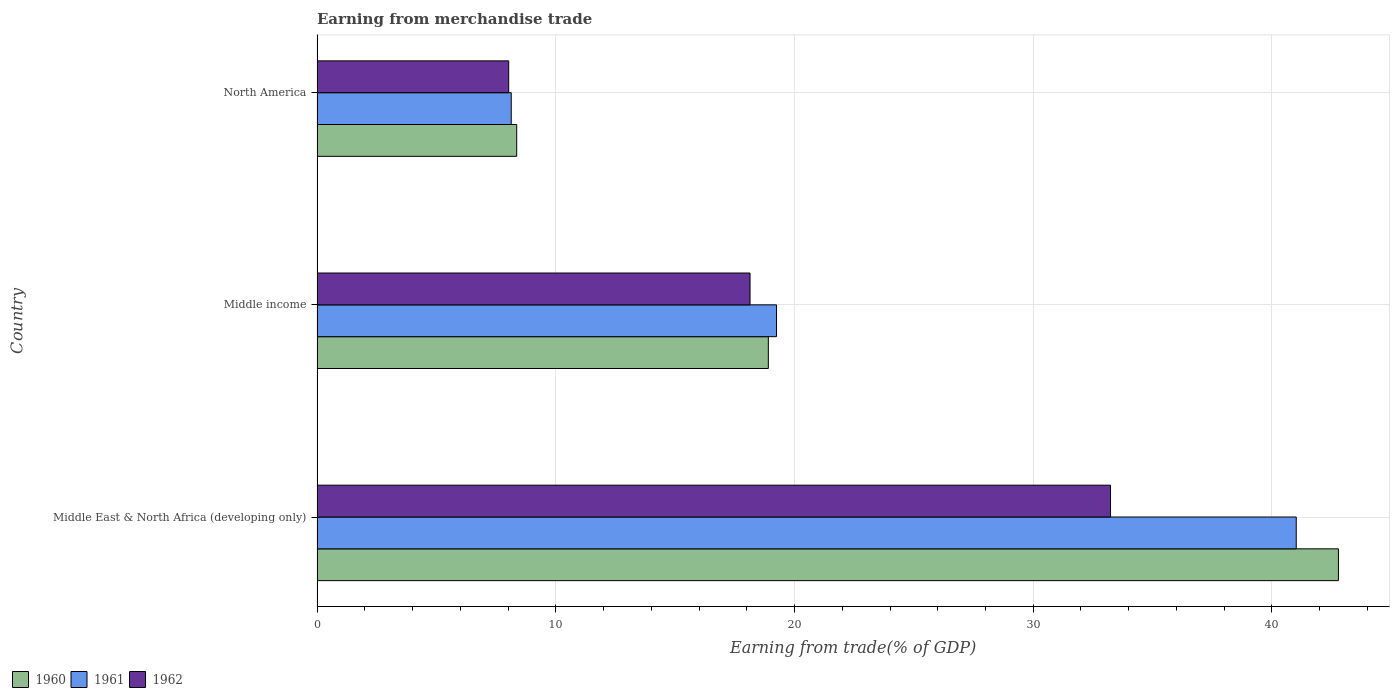
| Country | 1960 | 1961 | 1962 |
 | --- | --- | --- | --- |
 | Middle East & North Africa (developing only) | 42.8 | 41 | 33.2 |
 | Middle income | 18.9 | 19.2 | 18.1 |
 | North America | 8.36 | 8.13 | 8.03 |